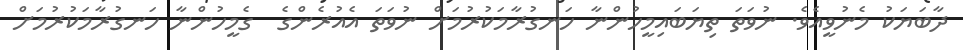
ދާބަޔަކު މެނުވީއެވެ. ނުވަތަ ތިޔަބައިމީހުންނާ ހަނގުރާމަކުރުމަށް ނުވަތަ އެއުރެންގެ  ގެމީހުންނާ ހަނގުރާމަކުރުމަށް